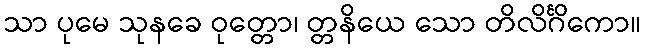
သာ ပုမေ သုနခေ ဝုတ္တော၊ တ္တနိယေ သော တိလိင်္ဂိကော။